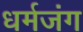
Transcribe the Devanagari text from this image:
धर्मजंग